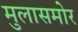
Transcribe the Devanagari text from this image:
मुलासमोर